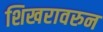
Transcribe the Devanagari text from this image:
शिखरावरुन